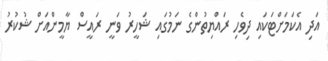
އަދި އެކަމަށްޓަކައި ދިވެހި ރައްޔިތުންގެ ނަމުގައި ޝަހީރު ވަނީ ރައީސް ޔާމީންއަށް ޝުކުރު